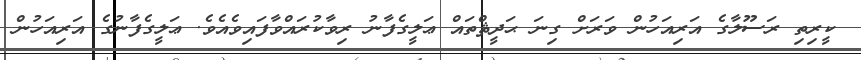
ކީރިތި ރަސޫލާގެ އަރިއަހުން ވަރަށް ގިނަ ޙަދީޘްތައް ޢަލީގެފާނު ރިވާކުރައްވާފައިވެއެވެ. ޢަލީގެފާނުގެ އަރިއަހުން